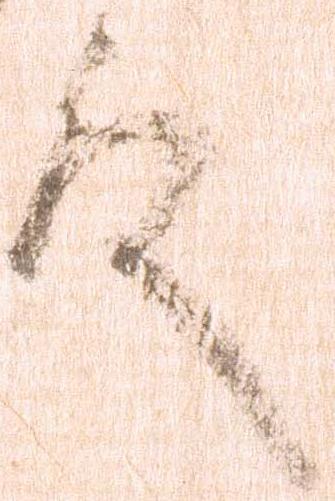
殿